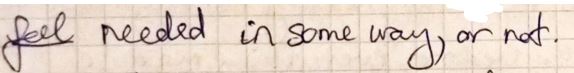
feel needed in some way, or not.